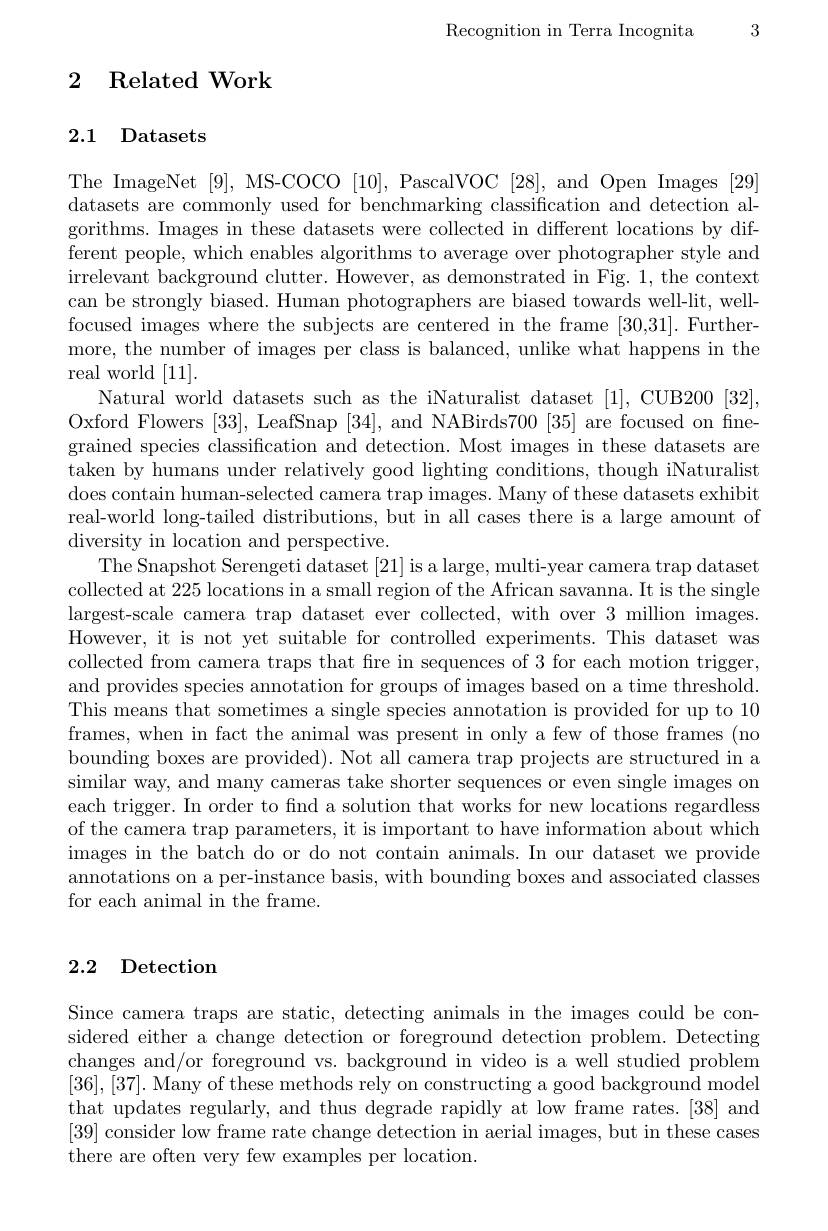
Recognition in Terra Incognita 3

## 2 Related Work

## 2.1 Datasets

The ImageNet [9], MS-COCO [10], PascalVOC [28], and Open Images [29] datasets are commonly used for benchmarking classification and detection algorithms. Images in these datasets were collected in different locations by different people, which enables algorithms to average over photographer style and irrelevant background clutter. However, as demonstrated in Fig. 1, the context can be strongly biased. Human photographers are biased towards well-lit, wellfocused images where the subjects are centered in the frame [30,31]. Furthermore, the number of images per class is balanced, unlike what happens in the real world [11].
Natural world datasets such as the iNaturalist dataset [1], CUB200 [32], Oxford Flowers [33], LeafSnap [34], and NABirds700 [35] are focused on finegrained species classification and detection. Most images in these datasets are taken by humans under relatively good lighting conditions, though iNaturalist does contain human-selected camera trap images. Many of these datasets exhibit real-world long-tailed distributions, but in all cases there is a large amount of diversity in location and perspective.
The Snapshot Serengeti dataset [21] is a large, multi-year camera trap dataset collected at 225 locations in a small region of the African savanna. It is the single largest-scale camera trap dataset ever collected, with over 3 million images. However, it is not yet suitable for controlled experiments. This dataset was collected from camera traps that fire in sequences of 3 for each motion trigger, and provides species annotation for groups of images based on a time threshold. This means that sometimes a single species annotation is provided for up to 10 frames, when in fact the animal was present in only a few of those frames (no bounding boxes are provided). Not all camera trap projects are structured in a similar way, and many cameras take shorter sequences or even single images on each trigger. In order to find a solution that works for new locations regardless of the camera trap parameters, it is important to have information about which images in the batch do or do not contain animals. In our dataset we provide annotations on a per-instance basis, with bounding boxes and associated classes for each animal in the frame.

## 2.2 Detection

Since camera traps are static, detecting animals in the images could be considered either a change detection or foreground detection problem. Detecting changes and/or foreground vs. background in video is a well studied problem [36],[37]. Many of these methods rely on constructing a good background model that updates regularly, and thus degrade rapidly at low frame rates.[38] and [39] consider low frame rate change detection in aerial images, but in these cases there are often very few examples per location.